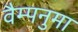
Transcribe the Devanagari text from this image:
वैम्पनुमा